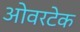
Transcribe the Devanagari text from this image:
ओवरटेक